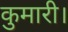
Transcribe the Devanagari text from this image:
कुमारी।